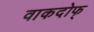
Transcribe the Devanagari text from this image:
वाकदोफ्